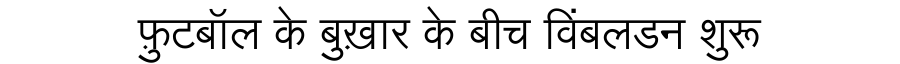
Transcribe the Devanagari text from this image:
फ़ुटबॉल के बुख़ार के बीच विंबलडन शुरू